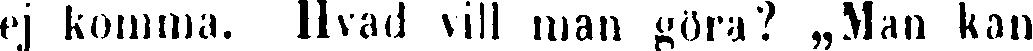
ej komma. Hvad vill man göra? „Man kan